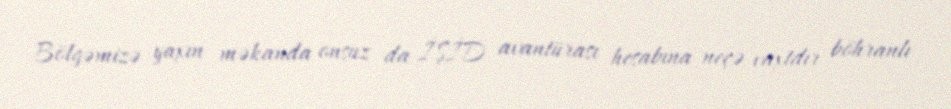
Bölgəmizə yaxın məkanda onsuz da İŞİD avantürası hesabına neçə vaxtdır böhranlı